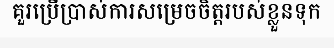
គួរប្រើប្រាស់ការសម្រេចចិត្តរបស់ខ្លួនទុក